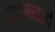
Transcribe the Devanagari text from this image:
पाठबळाचे